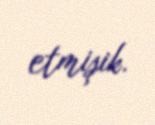
etmişik.